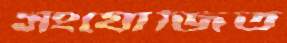
সংযোজিত